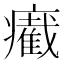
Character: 𤻛